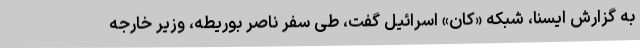
به گزارش ایسنا، شبکه «کان» اسرائیل گفت، طی سفر ناصر بوریطه، وزیر خارجه